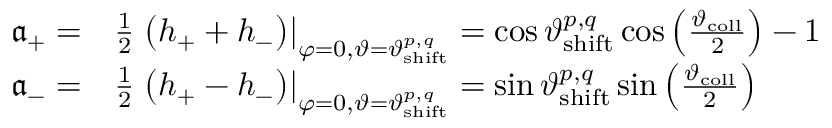
\begin{array} { r l } { \mathfrak { a } _ { + } = } & { \frac { 1 } { 2 } \left. \left( h _ { + } + h _ { - } \right) \right| _ { \varphi = 0 , \vartheta = \vartheta _ { \mathrm { s h i f t } } ^ { p , q } } = \cos \vartheta _ { \mathrm { s h i f t } } ^ { p , q } \cos \left( \frac { \vartheta _ { \mathrm { c o l l } } } { 2 } \right) - 1 } \\ { \mathfrak { a } _ { - } = } & { \frac { 1 } { 2 } \left. \left( h _ { + } - h _ { - } \right) \right| _ { \varphi = 0 , \vartheta = \vartheta _ { \mathrm { s h i f t } } ^ { p , q } } = \sin \vartheta _ { \mathrm { s h i f t } } ^ { p , q } \sin \left( \frac { \vartheta _ { \mathrm { c o l l } } } { 2 } \right) } \end{array}